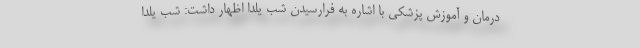
درمان و آموزش پزشکی با اشاره به فرارسیدن شب یلدا اظهار داشت: شب یلدا